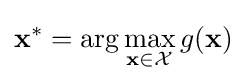
\mathbf {x} ^{*}=\arg \max _{\mathbf {x} \in {\mathcal {X}}}g(\mathbf {x} )